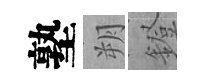
塾朔鐙